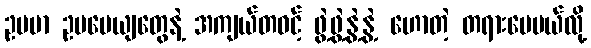
ဥပမာ ဥပမေယျတွေနဲ့ အကျယ်တဝင့် ဖွဲ့ဖွဲ့နွဲ့နွဲ့ ဟောတဲ့ တရားပေမယ်လို့